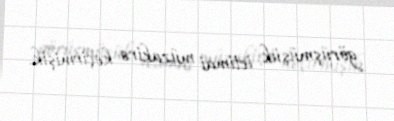
görüşmüşük, ictimai müzakirə keçirmişik.